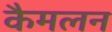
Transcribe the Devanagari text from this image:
कैमलन